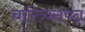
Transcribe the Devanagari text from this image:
चारित्र्यसंपन्न